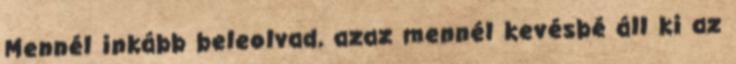
Mennél inkább beleolvad, azaz mennél kevésbé áll ki az